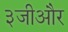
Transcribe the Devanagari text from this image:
३जीऔर